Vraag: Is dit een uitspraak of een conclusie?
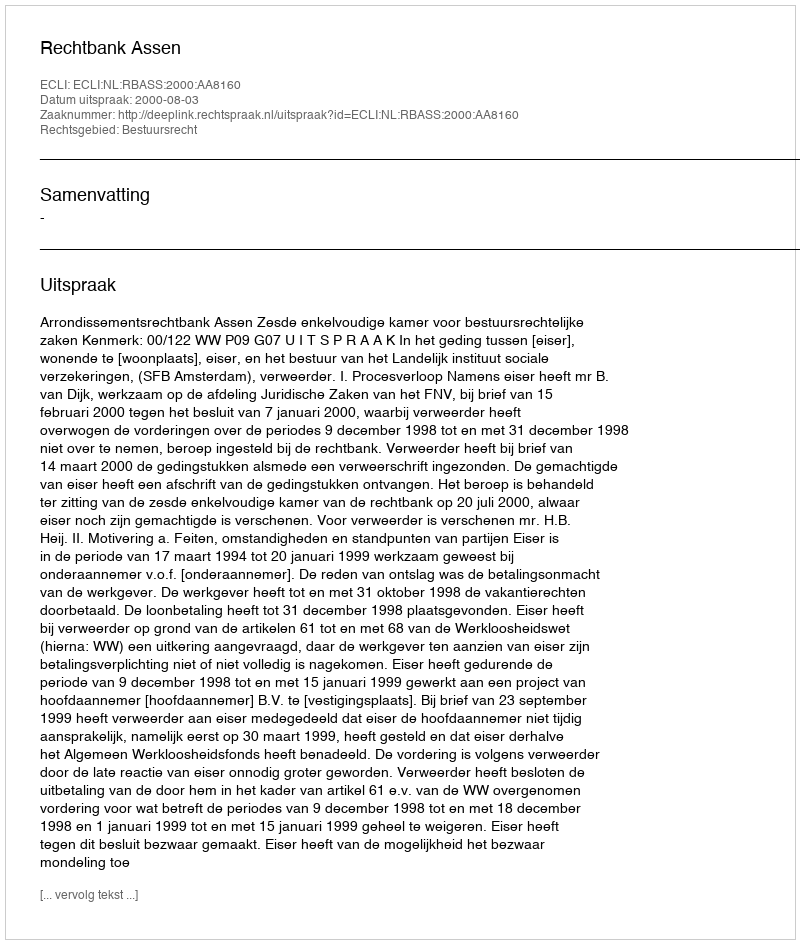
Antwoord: Uitspraak